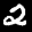
Label: 2